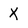
Character: X